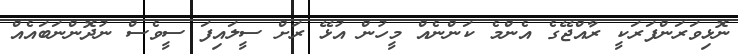
ނޮޅިވަރަންފަރަކީ ރާއްޖޭގެ އެންމެ ކަންނެއް މީހުން އުޅޭ ރަށް ސީލައިފަ ސީވެސް ނުދޮންނަބައެއް